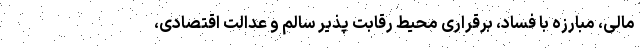
مالی، مبارزه با فساد، برقراری محیط رقابت پذیر سالم و عدالت اقتصادی،